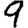
Digit: 9